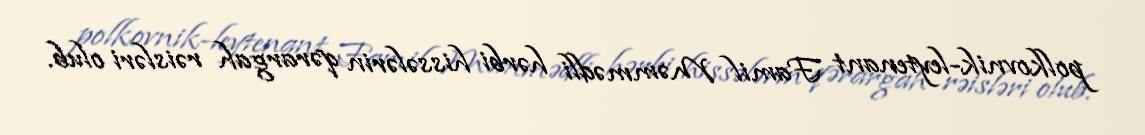
polkovnik-leytenant Famil Məmmədli hərbi hissələrin qərargah rəisləri olub.